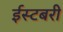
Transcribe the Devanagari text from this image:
ईस्टबरी